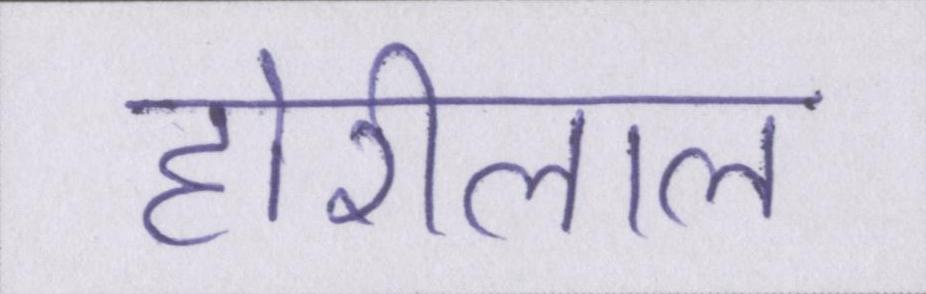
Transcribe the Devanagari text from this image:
होरीलाल